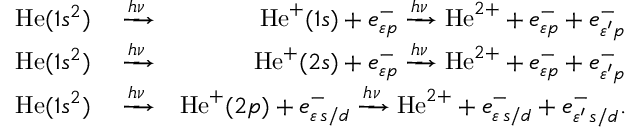
\begin{array} { r l r } { \mathrm { H e } ( 1 s ^ { 2 } ) } & { { } \xrightarrow { h \nu } } & { \mathrm { H e } ^ { + } ( 1 s ) + e _ { \varepsilon { p } } ^ { - } \xrightarrow { h \nu } \mathrm { H e } ^ { 2 + } + e _ { \varepsilon { p } } ^ { - } + e _ { \varepsilon ^ { \prime } p } ^ { - } } \\ { \mathrm { H e } ( 1 s ^ { 2 } ) } & { { } \xrightarrow { h \nu } } & { \mathrm { H e } ^ { + } ( 2 s ) + e _ { \varepsilon { p } } ^ { - } \xrightarrow { h \nu } \mathrm { H e } ^ { 2 + } + e _ { \varepsilon { p } } ^ { - } + e _ { \varepsilon ^ { \prime } p } ^ { - } } \\ { \mathrm { H e } ( 1 s ^ { 2 } ) } & { { } \xrightarrow { h \nu } } & { \mathrm { H e } ^ { + } ( 2 p ) + e _ { \varepsilon \, { s / d } } ^ { - } \xrightarrow { h \nu } \mathrm { H e } ^ { 2 + } + e _ { \varepsilon \, { s / d } } ^ { - } + e _ { \varepsilon ^ { \prime } \, { s / d } } ^ { - } . } \end{array}